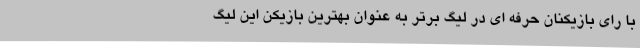
با رای بازیکنان حرفه ای در لیگ برتر به عنوان بهترین بازیکن این لیگ